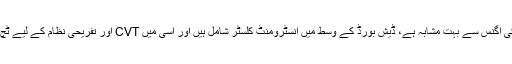
اسٹیئرنگ ویل سوزوکی اگِنس سے بہت مشابہ ہے، ڈیش بورڈ کے وسط میں انسٹرومنٹ کلسٹر شامل ہیں اور اسی میں CVT اور تفریحی نظام کے لیے ٹچ اسکرین دی گئی ہے۔